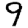
Digit: 9